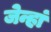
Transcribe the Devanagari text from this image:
जेन्हां